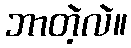
ဘာတဲ့လဲ။